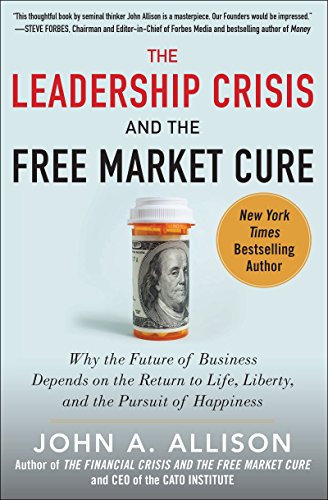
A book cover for The Leadership Crisis and the Free Market Cure: Why the Future of Business Depends on the Return to Life, Liberty, and the Pursuit of Happiness; John A. Allison; Business & Money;